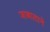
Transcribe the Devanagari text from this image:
जाबालाने